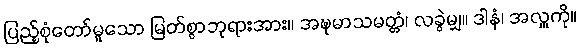
ပြည့်စုံတော်မူသော မြတ်စွာဘုရားအား။ အဍ္ဎုမာသမတ္တံ၊ လခွဲမျှ။ ဒါနံ၊ အလှူကို။